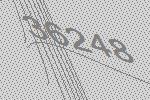
36248